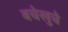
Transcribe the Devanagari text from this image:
बचेखुचे